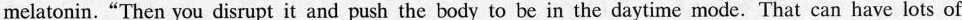
melatonin. “Then you disrupt it and push the body to be in the daytime mode. That can have lots of